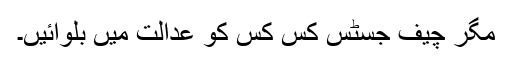
مگر چیف جسٹس کس کس کو عدالت میں بلوائیں۔